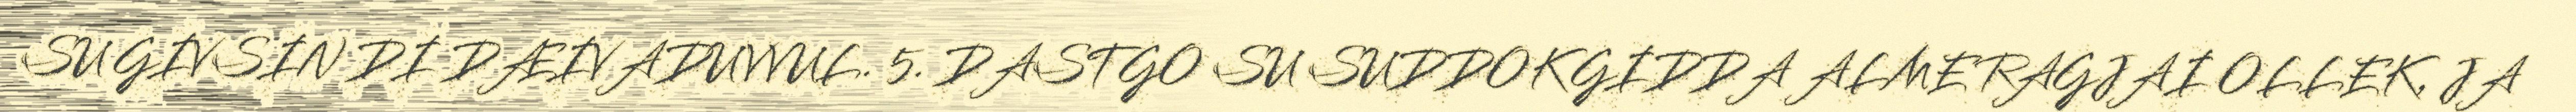
SU GIVSIN DI DÆIVADUVVUL. 5. DASTGO SU SUDDOK GIDDA ALME RAGJAI OLLEK, JA